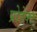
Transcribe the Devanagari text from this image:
प्रोडेक्ट